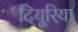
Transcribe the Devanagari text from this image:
दियूरिया